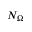
N _ { \Omega }